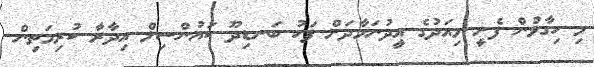
މި ހިގާލުން ފެށީ މިއަދުގެ އީދުނަމާދަށް ފަހު ބަނޑިދޫ ކައުންސިލް އިދާރާ ކުރިމަތިން